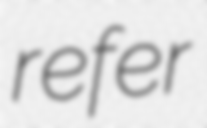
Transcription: refer